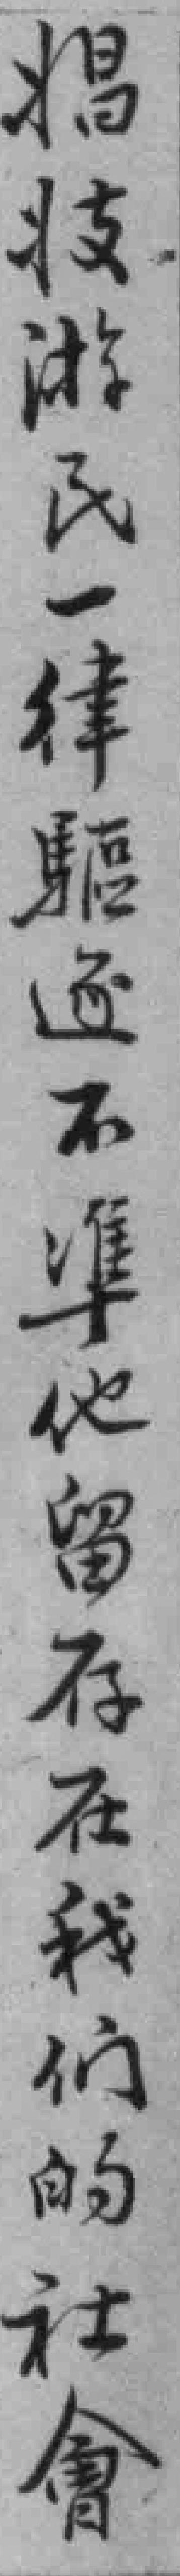
娼妓游民一律驅逐不凖他留存在我們的社會